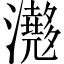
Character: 𤄮